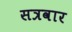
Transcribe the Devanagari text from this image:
सत्रवार